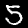
Label: 5